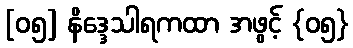
[၀၅] နိဒ္ဒေသါရကထာ အဖွင့် {၀၅}